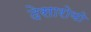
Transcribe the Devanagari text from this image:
देसारोयो